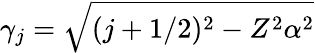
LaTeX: \gamma_{j}=\sqrt{(j+1/2)^{2}-Z^{2}\alpha^{2}}